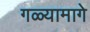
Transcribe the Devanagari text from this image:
गळ्यामागे